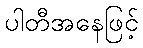
ပါတီအနေဖြင့်